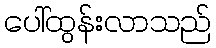
ပေါ်ထွန်းလာသည်